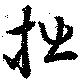
拙